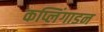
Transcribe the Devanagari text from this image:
कप्लिंगाडन